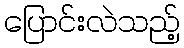
ပြောင်းလဲသည့်